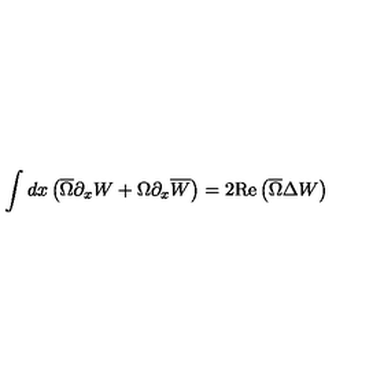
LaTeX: \int d x \left( \overline { { \Omega } } \partial _ { x } W + \Omega \partial _ { x } \overline { { W } } \right) = 2 \mathrm { R e } \left( \overline { { \Omega } } \Delta W \right)